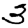
Digit: 3